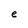
Character: e